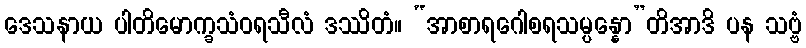
ဒေသနာယ ပါတိမောက္ခသံဝရသီလံ ဒဿိတံ။ “အာစာရဂေါစရသမ္ပန္နော”တိအာဒိ ပန သဗ္ဗံ